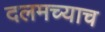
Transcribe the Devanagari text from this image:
दलमच्याच